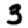
Digit: 3